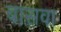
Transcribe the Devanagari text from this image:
बासवा